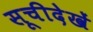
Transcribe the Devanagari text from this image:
सूचीदेखें